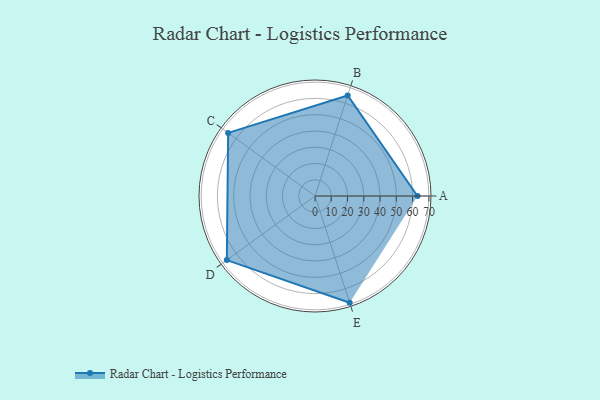
{"axis": {"x": "Skill", "y": "Score"}, "legend": ["Profile"], "data": [{"x": "A", "y": 63.0, "type": "Profile"}, {"x": "B", "y": 65.0, "type": "Profile"}, {"x": "C", "y": 66.0, "type": "Profile"}, {"x": "D", "y": 67.0, "type": "Profile"}, {"x": "E", "y": 69.0, "type": "Profile"}]}